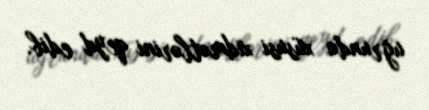
uğrunda xüsusi xidmətlərini qeyd edib.